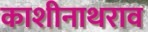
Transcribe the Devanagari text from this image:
काशीनाथराव